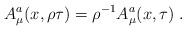
\begin{align*}A_{\mu}^{a} ( x, \rho \tau ) = {\rho}^{- 1} A_{\mu}^{a} ( x, \tau ) \; . \end{align*}